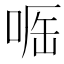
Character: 𠶲